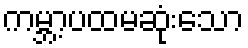
ကမ္ဘာ့ပထမဆုံးသော